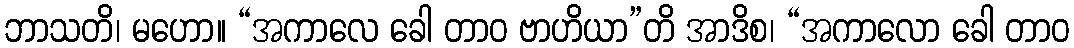
ဘာသတိ၊ မဟော။ “အကာလေ ခေါ တာဝ ဗာဟိယာ”တိ အာဒိစ၊ “အကာလော ခေါ တာဝ